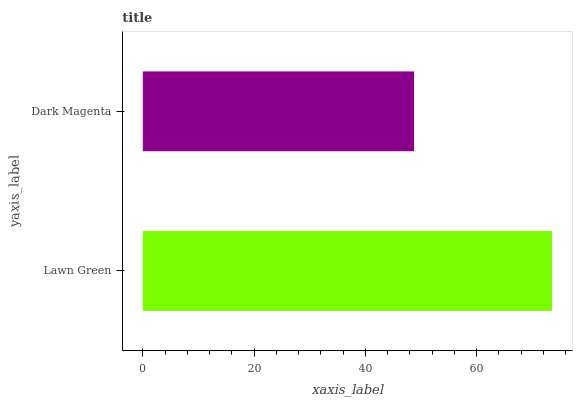
| yaxis_label | bars |
 | --- | --- |
 | Lawn Green | 73.5 |
 | Dark Magenta | 48.7 |